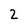
Character: 2